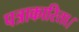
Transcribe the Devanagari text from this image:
पत्राकारिता।